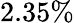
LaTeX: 2.35\%